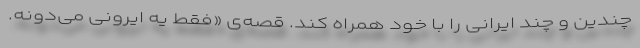
چندین و چند ایرانی را با خود همراه کند. قصه‌ی «فقط یه ایرونی می‌دونه.